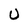
Character: U